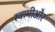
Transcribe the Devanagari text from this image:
स्वामीऔर